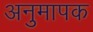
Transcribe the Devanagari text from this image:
अनुमापक